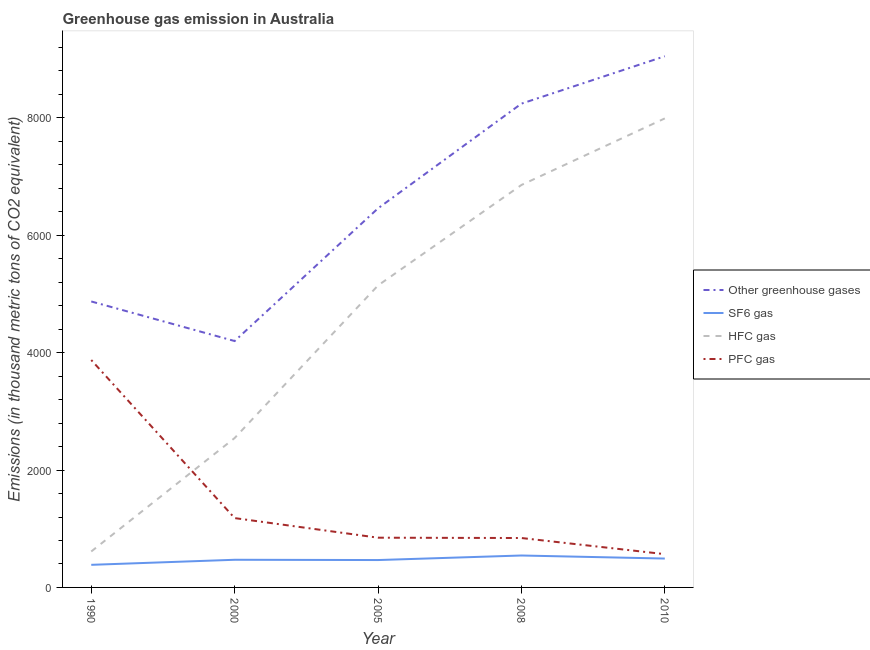
| Year | Other greenhouse gases | SF6 gas | HFC gas | PFC gas |
 | --- | --- | --- | --- | --- |
 | 1990 | 4.87e+03 | 385 | 612 | 3.88e+03 |
 | 2000 | 4.2e+03 | 471 | 2.55e+03 | 1.18e+03 |
 | 2005 | 6.46e+03 | 467 | 5.15e+03 | 847 |
 | 2008 | 8.24e+03 | 544 | 6.86e+03 | 842 |
 | 2010 | 9.05e+03 | 492 | 7.99e+03 | 567 |